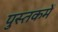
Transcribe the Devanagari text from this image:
पुस्‍तकमें